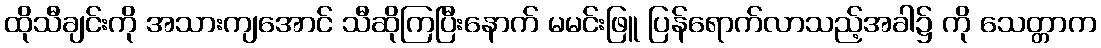
ထိုသီချင်းကို အသားကျအောင် သီဆိုကြပြီးနောက် မမင်းဖြူ ပြန်ရောက်လာသည့်အခါ၌ ကို သေတ္တာက